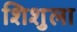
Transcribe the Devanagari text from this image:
शिशुला